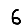
Digit: 6